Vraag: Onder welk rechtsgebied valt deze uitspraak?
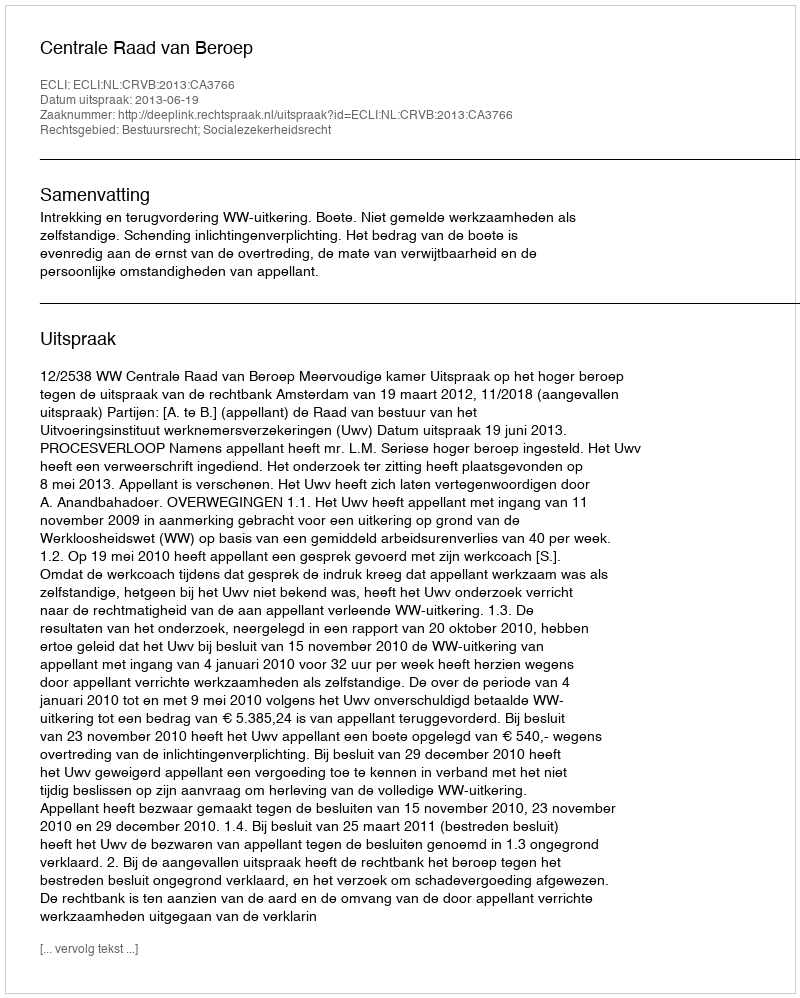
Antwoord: Bestuursrecht; Socialezekerheidsrecht